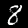
Digit: 8